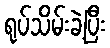
ရုပ်သိမ်းခဲ့ပြီး